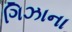
ગિઝાના